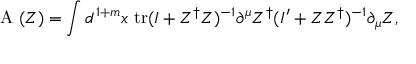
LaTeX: \mathrm { ~ \cal { A } ~ } ( Z ) = \int d ^ { 1 + m } x \ \mathrm { t r } ( I + Z ^ { \dag } Z ) ^ { - 1 } \partial ^ { \mu } Z ^ { \dag } ( I ^ { \prime } + Z Z ^ { \dag } ) ^ { - 1 } \partial _ { \mu } Z ,